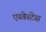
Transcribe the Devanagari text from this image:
एस्वेस्टेस